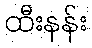
ထီးနန်း